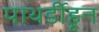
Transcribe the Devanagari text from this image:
पाथर्डीहून